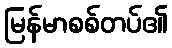
မြန်မာစစ်တပ်၏